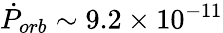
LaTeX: \dot{P}_{orb}\sim 9.2\times 10^{-11}